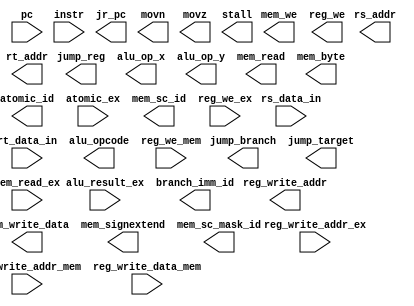
module instruction_decode(
    input [31:0] pc,
    input [31:0] instr,
    input [31:0] rs_data_in,
    input [31:0] rt_data_in,

    output wire [4:0] reg_write_addr,
    output wire jump_branch,
    output wire jump_target,
    output wire jump_reg,
    output wire [31:0] jr_pc,
    output reg [3:0] alu_opcode,
    output wire [31:0] alu_op_x,
    output wire [31:0] alu_op_y,
    output wire mem_we,
    output wire [31:0] mem_write_data,
    output wire mem_read,
    output wire mem_byte,
    output wire mem_signextend,
    output wire reg_we,
    output wire movn,
    output wire movz,
    output wire [4:0] rs_addr,
    output wire [4:0] rt_addr,
    output wire atomic_id,
    input  atomic_ex,
    output wire mem_sc_mask_id,
    output wire mem_sc_id,

    output wire stall,

    input reg_we_ex,
    input [4:0] reg_write_addr_ex,
    input [31:0] alu_result_ex,
    input mem_read_ex,

    input reg_we_mem,
    input [4:0] reg_write_addr_mem,
    input [31:0] reg_write_data_mem,
    
    output [31:0] branch_imm_id
);

endmodule